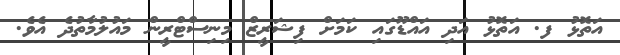
އަތޮޅު ފ. އަތޮޅު އަދި އައްޑޫގައި ކަމަށް ފިޝަރީޒް މިނިސްޓްރީން މައުލުމާތުދެ އެވެ.